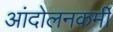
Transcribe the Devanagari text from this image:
आंदोलनकर्मी